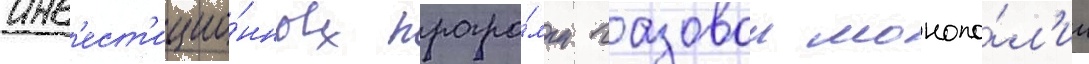
инв'ест'ицио́нных програ́мм газовои монопо́л'ии